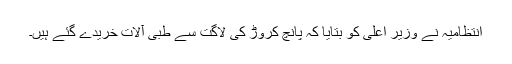
انتظامیہ نے وزیر اعلیٰ کو بتایا کہ پانچ کروڑ کی لاگت سے طبی آلات خریدے گئے ہیں۔